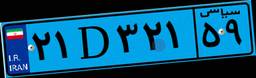
۲۷D۲۳۸۳۷